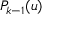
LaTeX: P _ { k - 1 } ( u )